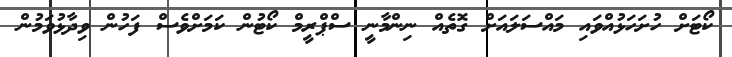
ކޯޓަށް ހުށަހަޅުއްވައި މައްސަލައަށް ގޮތެއް ނިންމާނީ ސްޕްރީމް ކޯޓުން ކަމަށްވެސް ފަހުން ވިދާޅުވަމުން